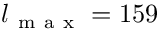
l _ { \mathrm { ~ m ~ a ~ x ~ } } = 1 5 9